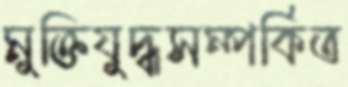
মুক্তিযুদ্ধসম্পর্কিত